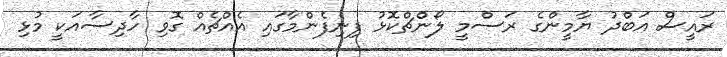
ރައީސް އަބްދު ޔާމީންގެ ރަސްމީ ލޯންޗްކޮޅު ފިނިފެންމާގައި އެއްޗެއް ގޮވި ހާދިސާއަކީ މުޅި